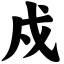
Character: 戍